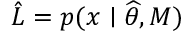
{ \hat { L } } = p ( x \mid { \widehat { \theta } } , M )